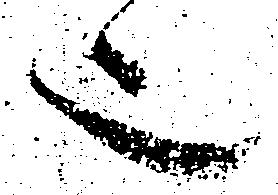
也